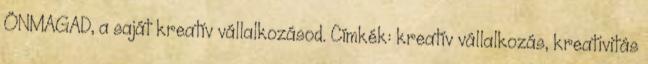
ÖNMAGAD, a saját kreatív vállalkozásod. Címkék: kreatív vállalkozás, kreativitás